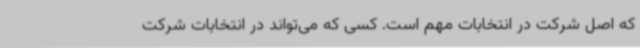
که اصل شرکت در انتخابات مهم است. کسی که می‌تواند در انتخابات شرکت